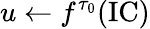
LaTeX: u\gets f^{\tau_{0}}(\mathrm{IC})